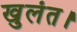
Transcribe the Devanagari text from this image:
खुलंत।